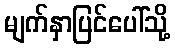
မျက်နှာပြင်ပေါ်သို့